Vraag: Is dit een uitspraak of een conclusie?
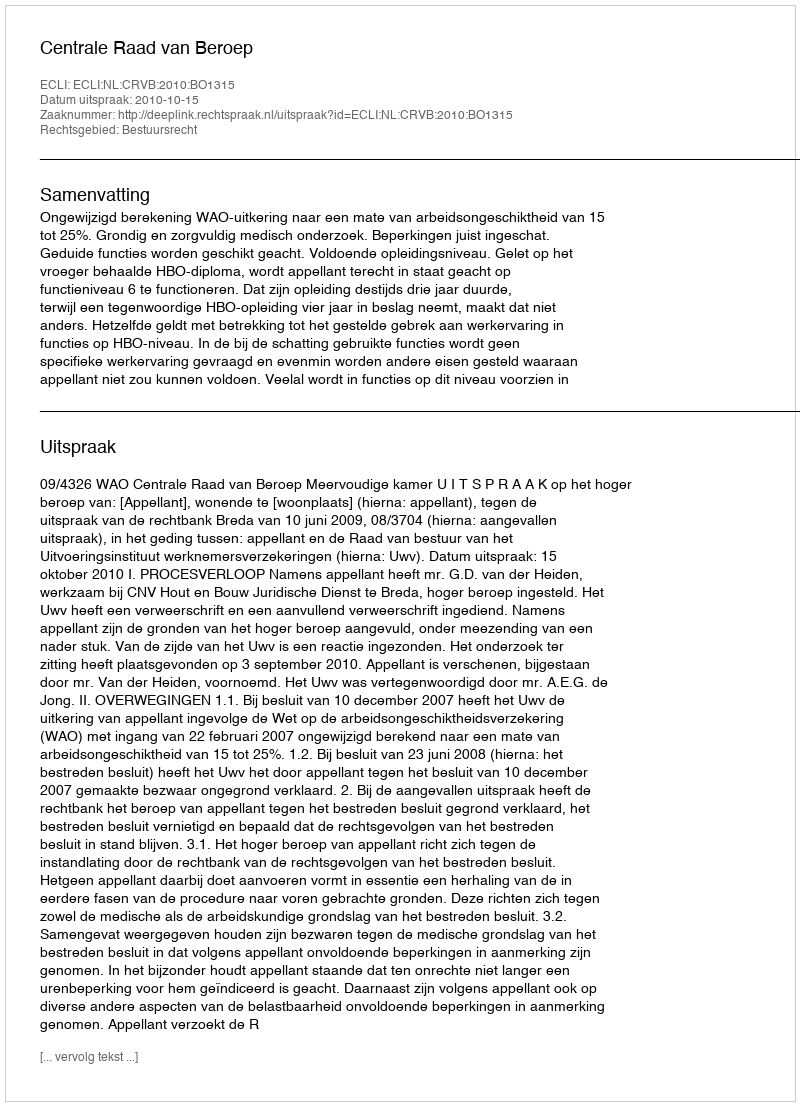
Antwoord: Uitspraak